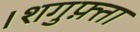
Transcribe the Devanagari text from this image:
।शगुफ़्ता